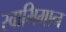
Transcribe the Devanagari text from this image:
स्‍वाभिमान